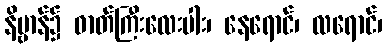
နိဗ္ဗာန်၌ ဓာတ်ကြီးလေးပါး၊ နေရောင်၊ လရောင်၊